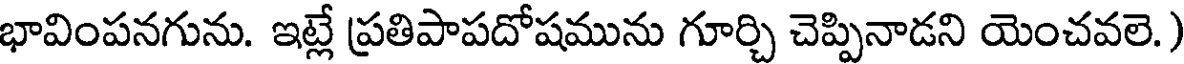
భావింపనగును. ఇట్లే ప్రతిపాపదోషమును గూర్చి చెప్పినాడని యెంచవలె.)